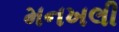
મનખલી